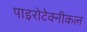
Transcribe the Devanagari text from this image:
पाइरोटेक्नीकल